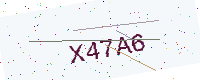
Text: X47A6